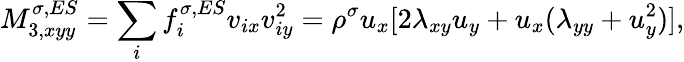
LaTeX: M_{3,xyy}^{\sigma,ES}=\sum_{i}f_{i}^{\sigma,ES}v_{ix}v_{iy}^{2}=\rho^{\sigma}u_{x}[2\lambda_{xy}u_{y}+u_{x}(\lambda_{yy}+u_{y}^{2})],